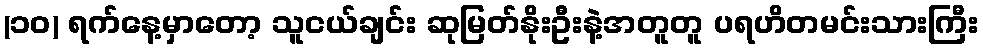
(၁၀) ရက်နေ့မှာတော့ သူငယ်ချင်း ဆုမြတ်နိုးဦးနဲ့အတူတူ ပရဟိတမင်းသားကြီး